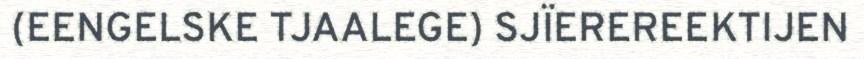
(EENGELSKE TJAALEGE) SJÏEREREEKTIJEN